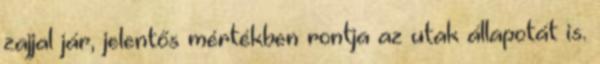
zajjal jár, jelentős mértékben rontja az utak állapotát is.